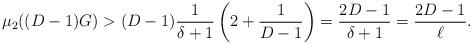
LaTeX: \begin{align*}\mu_2((D-1)G) > (D-1) \frac{1}{\delta+1} \left( 2+ \frac{1}{D-1} \right) = \frac{2D-1}{\delta+1} = \frac{2D-1}{\ell}.\end{align*}